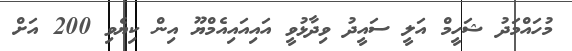
މުހައްމަދު ޝަހީމް އަލީ ސައީދު ވިދާޅުވީ އައިއައިއެމްޔޫ އިން ކިޔެވި 200 އަށް